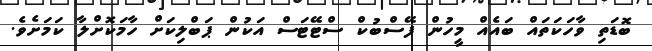
ބޮޑަތި ވާހަކަތައް ބައެއް މީހުން ފޭސްބުކް ސްޓޭޓަސް އަކުން ޕަބްލިކަށް ހާމަކޮށްލާ ކަމަށެވެ.